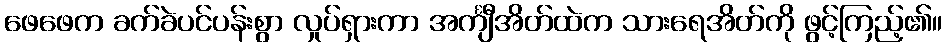
ဖေဖေက ခက်ခဲပင်ပန်းစွာ လှုပ်ရှားကာ အင်္ကျီအိတ်ထဲက သားရေအိတ်ကို ဖွင့်ကြည့်၏။